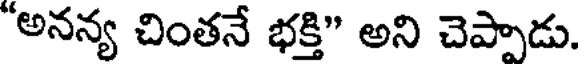
"అనన్య చింతనే భక్తి" అని చెప్పాడు.